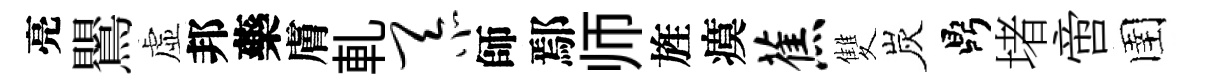
亮鸎虚邦藥膚軋忝師鄢师旌瘼蕉雙炭鼎堵啻圉